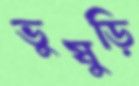
ভুষুড়ি